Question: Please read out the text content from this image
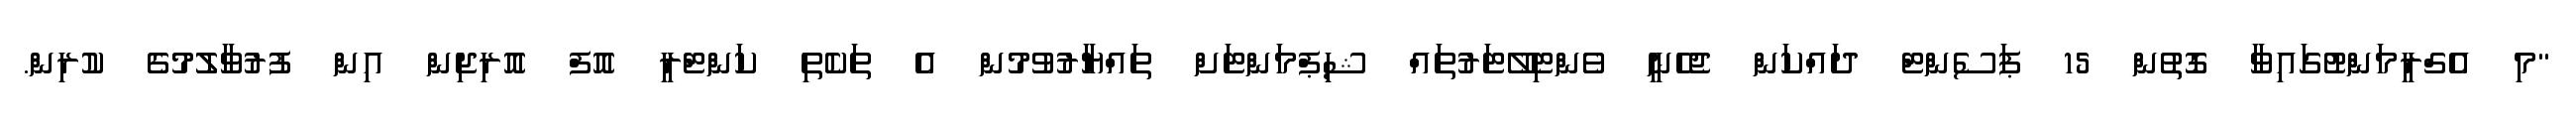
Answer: "މި އެގްރީމަންްޓުގައިވާ ގޮތުން 15 ޕަސެންޓް ދައްކަން ޖެހެނީ ވެންޓިލޭޓަރުތައް ޝިޕްމަންޓަށް ތައްޔާރުވުމުން އެ ތަކެތި ކަންޓްރީ އޮފް އޮރިޖިން އިން ފުރުވާލުމުގެ ކުރިން.